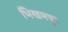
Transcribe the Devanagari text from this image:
भिखमपुर